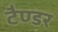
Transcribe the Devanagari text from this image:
टैण्डर